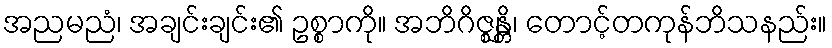
အညမညံ၊ အချင်းချင်း၏ ဥစ္စာကို။ အဘိဂိဇ္ဈန္တိ၊ တောင့်တကုန်ဘိသနည်း။